Reports on dispensaries and lunatic asylums in the Province of Oudh - 1869-1876
Year: 1869
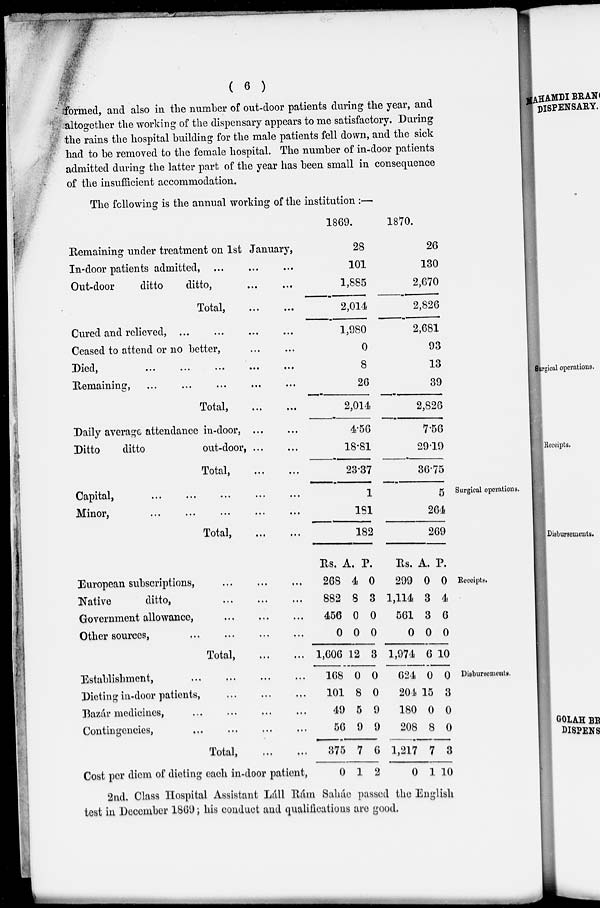
( 6 )
formed, and also in the number of out-door patients during the year, and
altogether the working of the dispensary appears to me satisfactory. During
the rains the hospital building for the male patients fell down, and the sick
had to be removed to the female hospital. The number of in-door patients
admitted during the latter part of the year has been small in consequence
of the insufficient accommodation.
The following is the annual working of the institution :—
Remaining under treatment on 1st January,
In-door patients admitted, ... ... ...
Out-door
ditto
ditto, ... ...
Total,
...
...
Cured and relieved, ... ... ... ...
Ceased to attend or no better, ... ...
Died
...
...
...
...
...
Remaining, ... ... ... ... ...
Total,
...
...
Daily average attendance in-door,
...
...
Ditto
ditto
out-door, ... ...
Total,
...
...
1869.
28
101
1,885
2,014
1,980
0
8
26
2,014
4.56
18.81
23.37
1870.
26
130
2,670
2,826
2,681
93
13
39
2,826
7.56
29.19
36.75
Surgical operations.
Capital,
...
...
...
...
...
Minor,
...
...
...
...
...
Total,
...
...
1
181
182
5
264
269
Receipts.
European subscriptions, ... ... ...
Native
ditto, ... ... ...
Government allowance, ... ... ...
Other sources, ... ... ... ...
Total,
...
...
Rs.
268
882
456
0
1,606
A.
4
8
0
0
12
P.
0
3
0
0
3
Rs.
299
1,114
561
0
1,974
A.
0
3
3
0
6
P.
0
4
6
0
10
Disbursements.
Establishment, ... ... ... ...
Dieting in-door patients, ... ... ...
Bazár medicines, ... ... ... ...
Contingencies, ... ... ... ...
Total,
...
...
Cost per diem of dieting each in-door patient,
168
101
49
56
375
0
0
8
5
9
7
1
0
0
9
9
6
2
624
204
180
208
1,217
0
0
15
0
8
7
1
0
3
0
0
3
10
2nd. Class Hospital Assistant Láll Rám Saháe passed the English
test in December 1869; his conduct and qualifications are good.